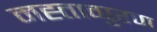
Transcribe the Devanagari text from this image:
मह्ताव्पुरण